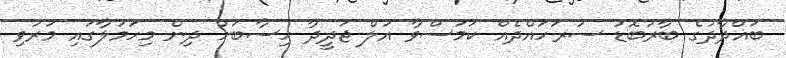
ބަޣްދާދުގެ ބާރުބޮޑު ސަރަހައްދެއް ކަމަސްވާ އަލް ޖަދީދާ ހިސާބަށް ދިން މިހަމަލާގައި މަރުވި